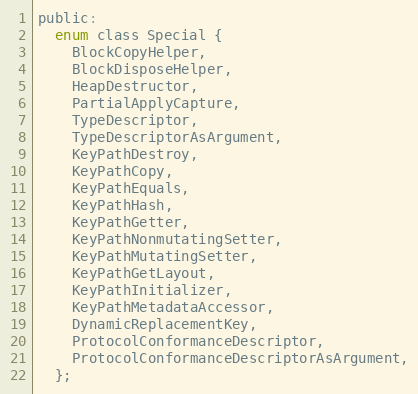
Language: C
public:
  enum class Special {
    BlockCopyHelper,
    BlockDisposeHelper,
    HeapDestructor,
    PartialApplyCapture,
    TypeDescriptor,
    TypeDescriptorAsArgument,
    KeyPathDestroy,
    KeyPathCopy,
    KeyPathEquals,
    KeyPathHash,
    KeyPathGetter,
    KeyPathNonmutatingSetter,
    KeyPathMutatingSetter,
    KeyPathGetLayout,
    KeyPathInitializer,
    KeyPathMetadataAccessor,
    DynamicReplacementKey,
    ProtocolConformanceDescriptor,
    ProtocolConformanceDescriptorAsArgument,
  };